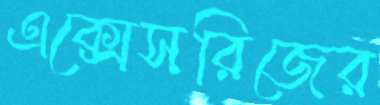
এক্সেসরিজের